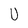
Character: U